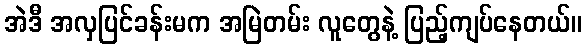
အဲဒီ အလှပြင်ခန်းမက အမြဲတမ်း လူတွေနဲ့ ပြည့်ကျပ်နေတယ်။